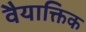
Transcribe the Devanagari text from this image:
वैयाक्तिक